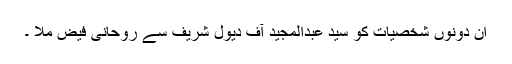
ان دونوں شخصیات کو سید عبدالمجید آف دیول شریف سے روحانی فیض ملا ۔